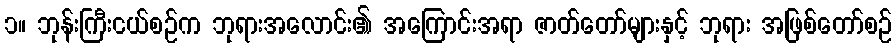
၁။ ဘုန်းကြီးငယ်စဉ်က ဘုရားအလောင်း၏ အကြောင်းအရာ ဇာတ်တော်များနှင့် ဘုရား အဖြစ်တော်စဉ်